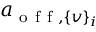
a _ { \mathrm { ~ o ~ f ~ f ~ } , \{ v \} _ { i } }